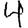
Digit: 4